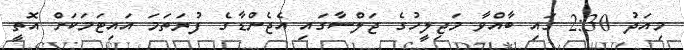
މިއަދު 2:30 ގައި ބާއްވާ މަޖިލީހުގެ ޖަލްސާގައި އެޖެންޑާގެ ފުރަތަމަ އައިޓަމަކަށް އޮތީ